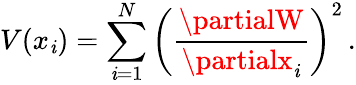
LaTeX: V(x_{\mathit{i}})=\sum_{\mathit{i}=1}^{N}\left(\frac{{\partialW}}{{\partialx_{\mathit{i}}}}\right)^{2}\, .